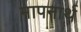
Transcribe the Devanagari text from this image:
मापनार्थ